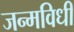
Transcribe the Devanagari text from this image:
जन्मविधी